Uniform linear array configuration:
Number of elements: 16
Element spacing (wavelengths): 0.25
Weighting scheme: cosine
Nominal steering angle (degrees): -15
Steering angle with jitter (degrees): -15.496
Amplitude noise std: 0.05
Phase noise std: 0.05

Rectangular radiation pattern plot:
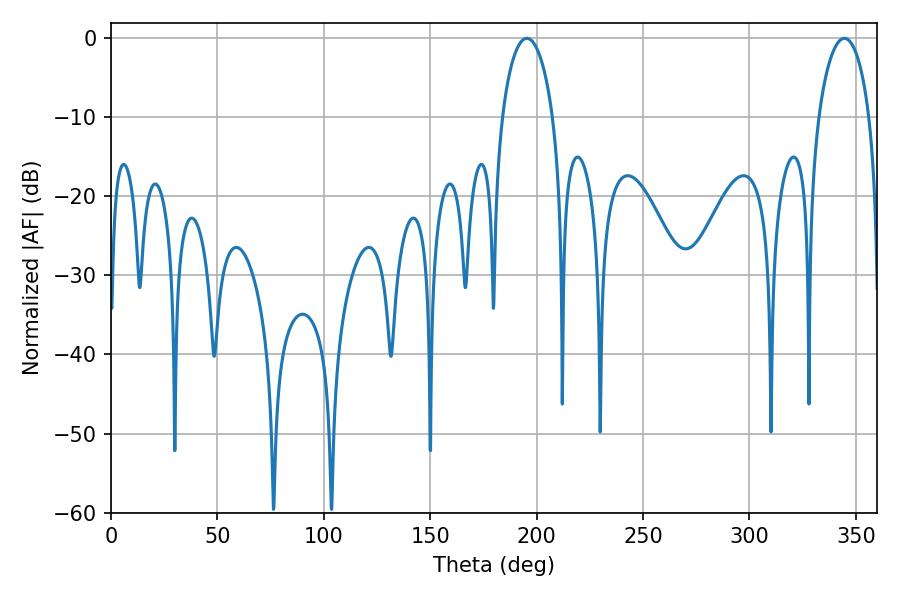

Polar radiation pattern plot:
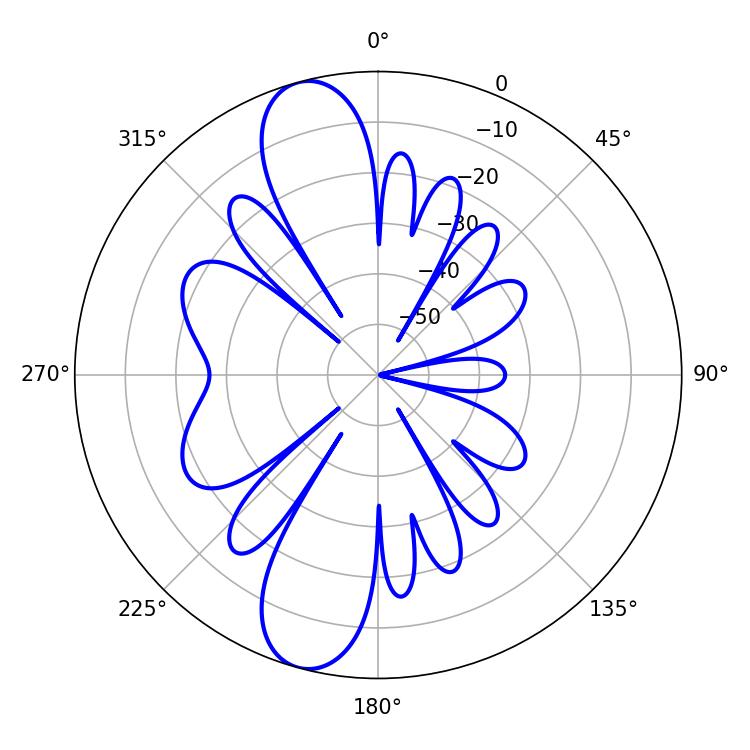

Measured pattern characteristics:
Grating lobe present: FALSE
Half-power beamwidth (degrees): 13.68
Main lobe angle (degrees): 195.48